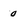
Character: 0